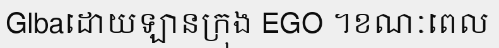
Glbaដោយឡានក្រុង EGO ។ខណៈពេល